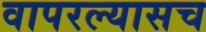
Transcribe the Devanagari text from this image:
वापरल्यासच